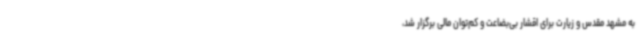
به مشهد مقدس و زیارت برای اقشار بی‌بضاعت و کم‌توان مالی برگزار شد،